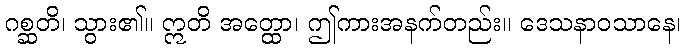
ဂစ္ဆတိ၊ သွား၏။ ဣတိ အတ္ထော၊ ဤကားအနက်တည်း။ ဒေသနာဝသာနေ၊